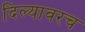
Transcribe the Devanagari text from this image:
दिल्यावरच